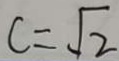
C = \sqrt { 2 }